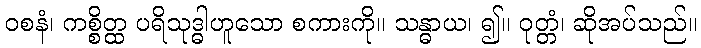
ဝစနံ၊ ကစ္စိတ္ထ ပရိသုဒ္ဓါဟူသော စကားကို။ သန္ဓာယ၊ ၍။ ဝုတ္တံ၊ ဆိုအပ်သည်။